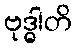
ဗုဒ္ဓါတိ